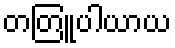
တတြူပါယာယ